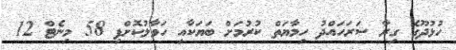
ހުޅުދޫގެ ގިރާ ސަރަހައްދު ހިމާޔަތް ކުރުމަށް ބަޔަކާއި ހަވާލުކޮށްފި 58 މިނެޓް 12